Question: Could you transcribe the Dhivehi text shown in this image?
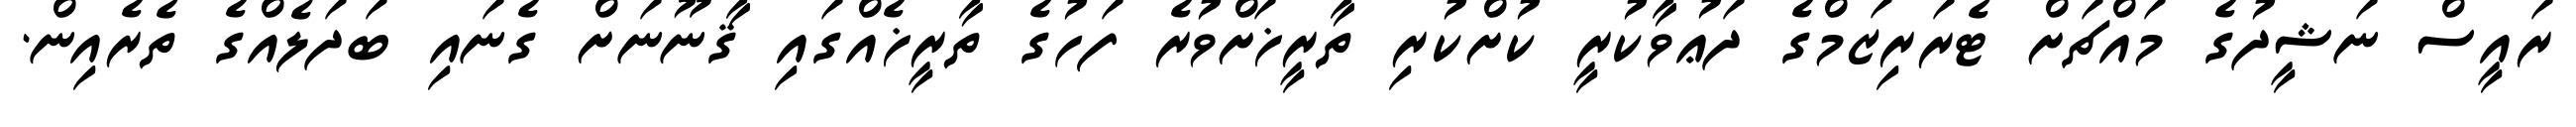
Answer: ރައީސް ނަޝީދުގެ މައްޗަށް ޓެރަރިޒަމްގެ ދަޢުވާކުރީ ކުށްކުރި ތާރީޚަށްވުރެ ފަހުގެ ތާރީޚެއްގައި ޤާނޫނަށް ގެނައި ބަދަލެއްގެ ތެރެއިން.